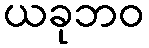
ယခုဘဝ